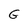
Character: G